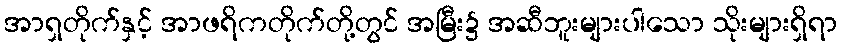
အာရှတိုက်နှင့် အာဖရိကတိုက်တို့တွင် အမြီး၌ အဆီဘူးများပါသော သိုးများရှိရာ